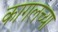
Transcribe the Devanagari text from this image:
कागलच्या